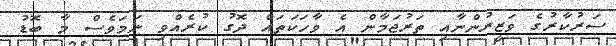
ސަރުކާރުގެ ވަޒީރުންނާއި ތަރުޖަމާން އެ ވާހަކަތައް ދޮގު ކުރެއްވި ނަމަވެސް މާ ބޮޑު